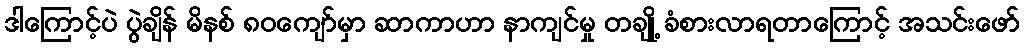
ဒါကြောင့်ပဲ ပွဲချိန် မိနစ် ၈၀ကျော်မှာ ဆာကာဟာ နာကျင်မှု တချို့ ခံစားလာရတာကြောင့် အသင်းဖော်